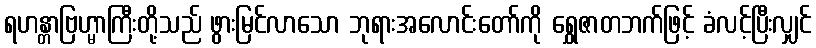
ရဟန္တာဗြဟ္မာကြီးတို့သည် ဖွားမြင်လာသော ဘုရားအလောင်းတော်ကို ရွှေဇာတဘက်ဖြင့် ခံလင့်ပြီးလျှင်